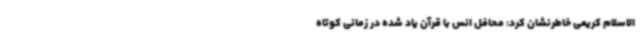
الاسلام کریمی خاطرنشان کرد: محافل انس با قرآن یاد شده در زمانی کوتاه